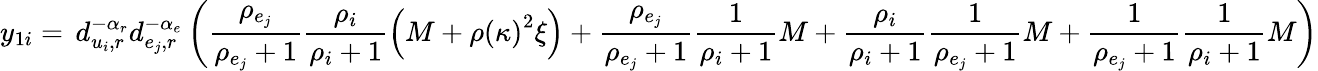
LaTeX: y_{1i}=\, d_{u_{i},r}^{-\alpha_{r}}d_{e_{j},r}^{-\alpha_{e}}\left(\frac{\rho_{e_{j}}}{\rho_{e_{j}}+1}\frac{\rho_{i}}{\rho_{i}+1}\left(M+\rho\left(\kappa\right)^{2}\xi\right)+\frac{\rho_{e_{j}}}{\rho_{e_{j}}+1}\frac{1}{\rho_{i}+1}M+\frac{\rho_{i}}{\rho_{i}+1}\frac{1}{\rho_{e_{j}}+1}M+\frac{1}{\rho_{e_{j}}+1}\frac{1}{\rho_{i}+1}M\right)